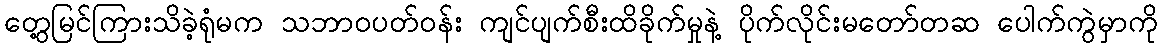
တွေ့မြင်ကြားသိခဲ့ရုံမက သဘာဝပတ်ဝန်း ကျင်ပျက်စီးထိခိုက်မှုနဲ့ ပိုက်လိုင်းမတော်တဆ ပေါက်ကွဲမှာကို